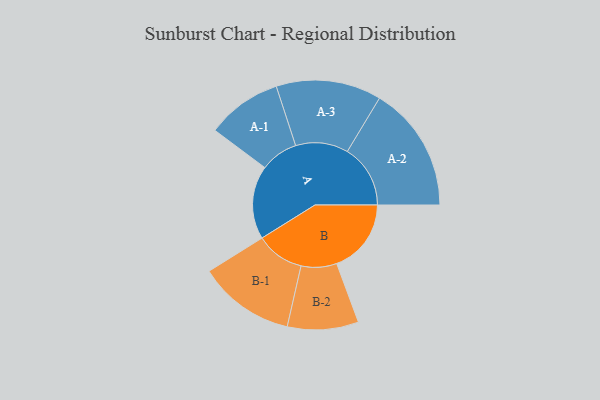
{"axis": {"x": "Segment", "y": "Value"}, "legend": ["", "A", "B"], "data": [{"x": "A", "y": 275, "type": ""}, {"x": "B", "y": 279, "type": ""}, {"x": "A-1", "y": 141, "type": "A"}, {"x": "A-2", "y": 236, "type": "A"}, {"x": "A-3", "y": 197, "type": "A"}, {"x": "B-1", "y": 181, "type": "B"}, {"x": "B-2", "y": 133, "type": "B"}]}